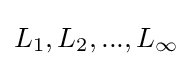
L_{1},L_{2},...,L_{\infty }